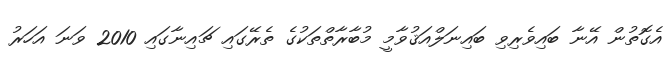
އެގޮތުން އޭނާ ބައިވެރިވި ބައިނަލްއަޤުވާމީ މުބާރާތްތަކުގެ ތެރޭގައި ޗައިނާގައި 2010 ވަނަ އަހަރު